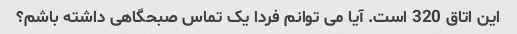
این اتاق 320 است. آیا می توانم فردا یک تماس صبحگاهی داشته باشم؟